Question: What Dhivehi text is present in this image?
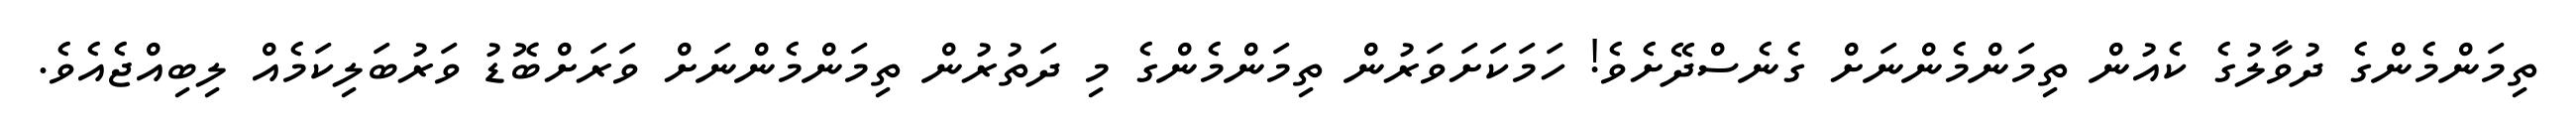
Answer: ތިމަންމެންގެ ދުވާލުގެ ކެއުން ތިމަންމެންނަށް ގެނެސްދޭށެވެ! ހަމަކަށަވަރުން ތިމަންމެންގެ މި ދަތުރުން ތިމަންމެންނަށް ވަރަށްބޮޑު ވަރުބަލިކަމެއް ލިބިއްޖެއެވެ.